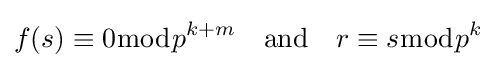
f(s)\equiv 0{\bmod {p}}^{k+m}\quad {\text{and}}\quad r\equiv s{\bmod {p}}^{k}